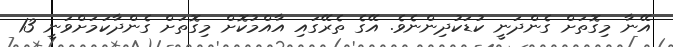
އޭނާ މިގޮތަށް ގެންދަނީ ކުޑަކުދިންނެވެ. އޭގެ ތެރޭގައި އާއްމުކޮށް މިގޮތަށް ގެންދާކަމަށްވަނީ 13